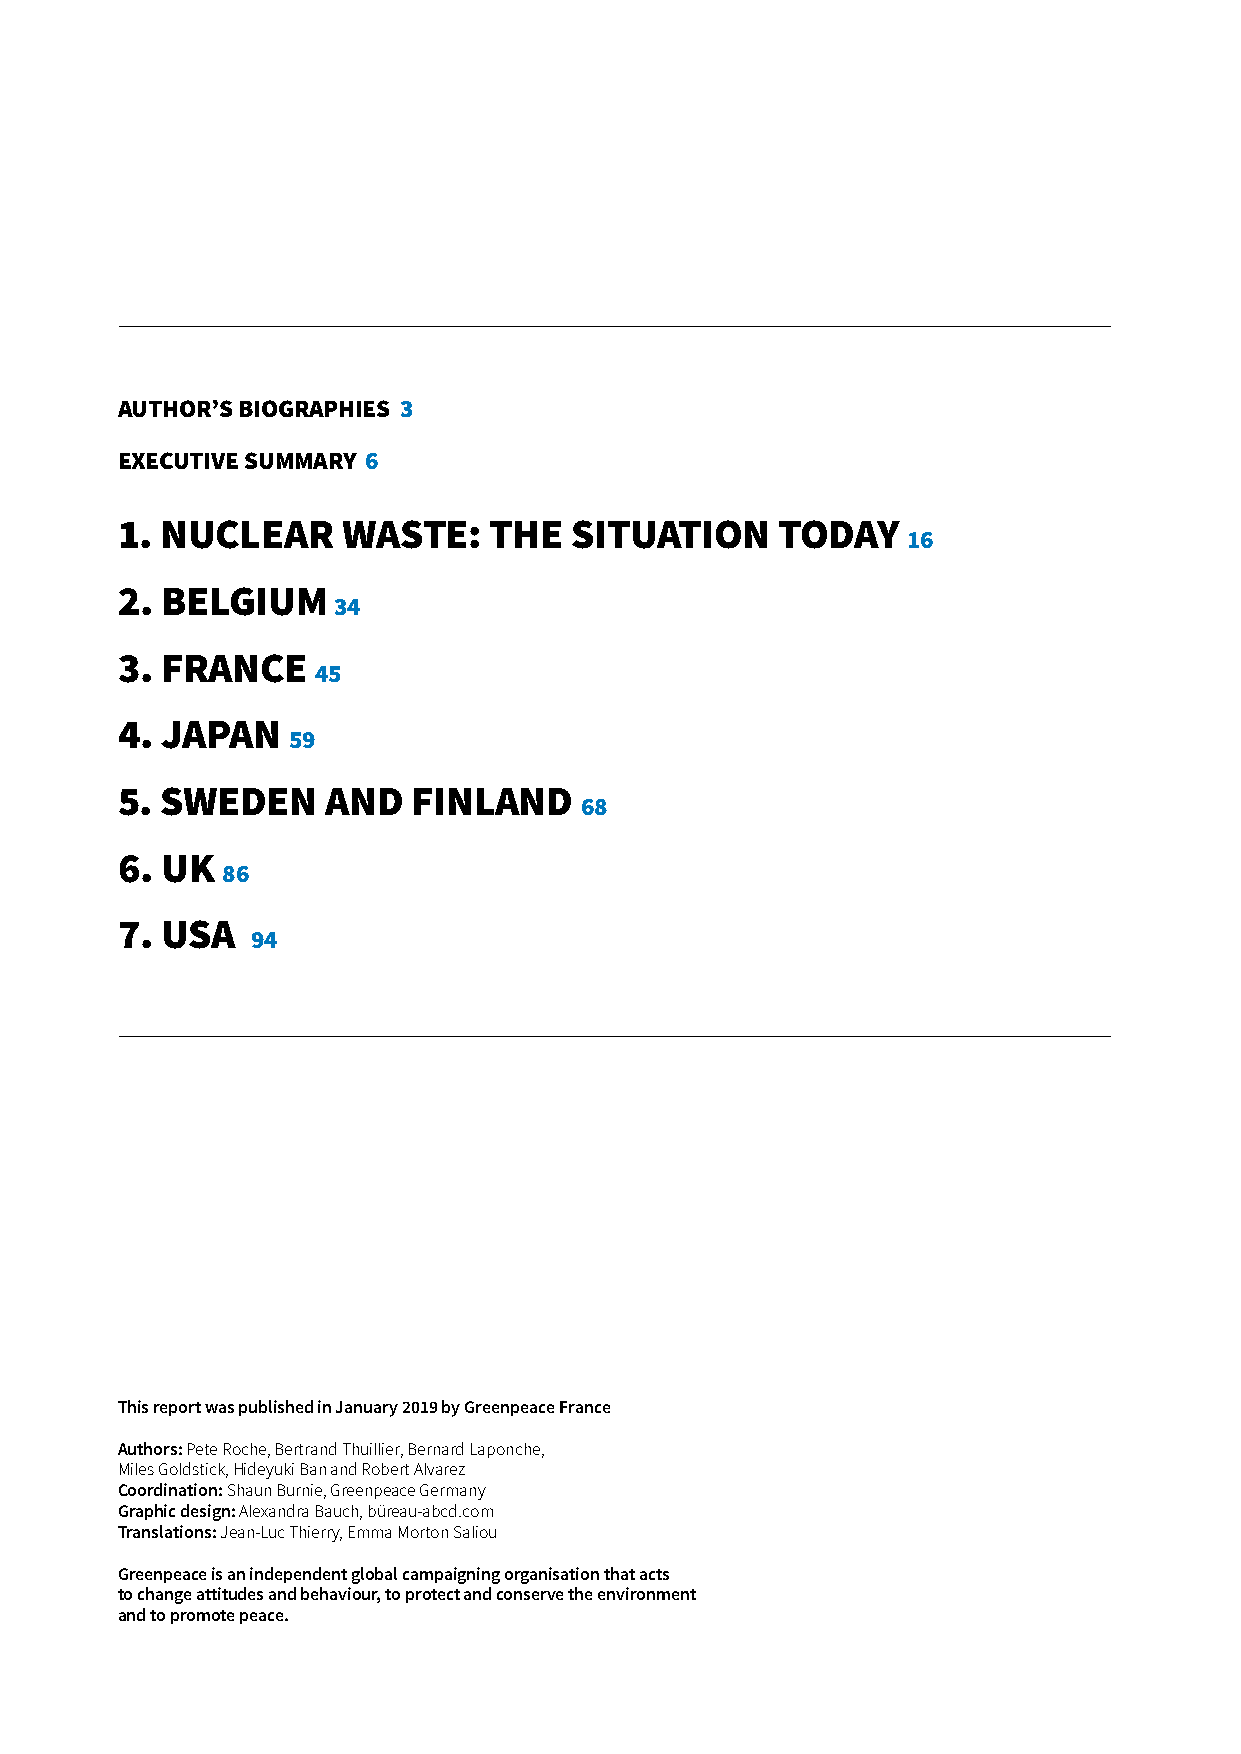
AUTHOR’S BIOGRAPHIES 3
 EXECUTIVE SUMMARY 6
 1. NUCLEAR     WASTE:   THE   SITUATION    TODAY
 16
 2. BELGIUM
 34
 3. FRANCE
 45
 4. JAPAN
 59
 5. SWEDEN     AND  FINLAND
 68
 6. UK
 86
 7. USA
 94
 This report was published in January 2019 by Greenpeace France
 Authors: Pete Roche, Bertrand Thuillier, Bernard Laponche,
 Miles Goldstick, Hideyuki Ban and Robert Alvarez
 Coordination: Shaun Burnie, Greenpeace Germany
 Graphic design: Alexandra Bauch, büreau-abcd.com
 Translations: Jean-Luc Thierry, Emma Morton Saliou
 Greenpeace is an independent global campaigning organisation that acts
 to change attitudes and behaviour, to protect and conserve the environment
 and to promote peace.